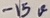
Text: -15V